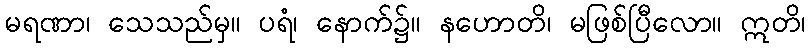
မရဏာ၊ သေသည်မှ။ ပရံ၊ နောက်၌။ နဟောတိ၊ မဖြစ်ပြီလော။ ဣတိ၊